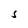
Character: S